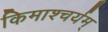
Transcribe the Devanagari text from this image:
किमाश्चर्यम्